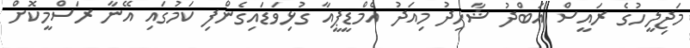
މަޖިލީހުގެ ރައީސް އަބްދު ޝާހިދު މިއަދު އެމްޑީޕީއާ ގުޅިވަޑައިގެންފި ކަމުގައި އޭނާ ރަސްމީކޮށް